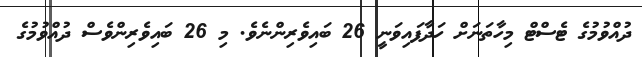
ދުއްވުމުގެ ޓެސްޓް މިހާތަނަށް ހަދާފައިވަނީ 26 ބައިވެރިންނެވެ. މި 26 ބައިވެރިންވެސް ދުއްވުމުގެ